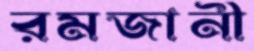
রমজানী